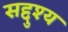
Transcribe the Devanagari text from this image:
सद्दुश्य